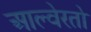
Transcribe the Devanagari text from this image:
आल्वेरतो